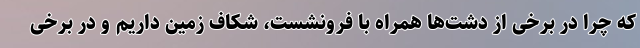
که چرا در برخی از دشت‌ها همراه با فرونشست، شکاف زمین داریم و در برخی